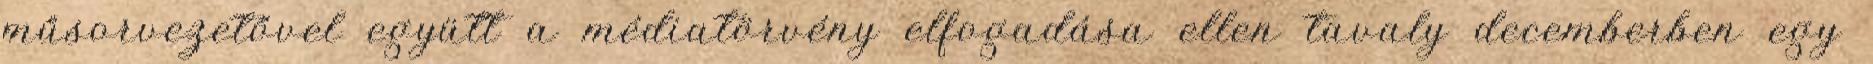
műsorvezetővel együtt a médiatörvény elfogadása ellen tavaly decemberben egy